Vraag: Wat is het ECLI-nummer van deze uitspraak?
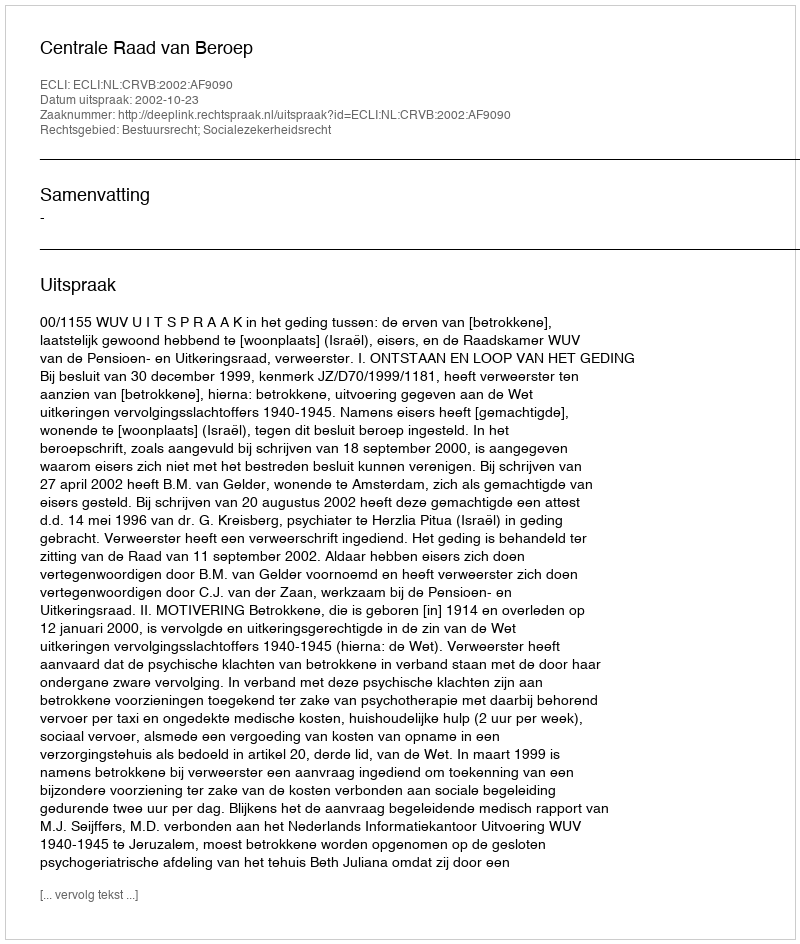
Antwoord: ECLI:NL:CRVB:2002:AF9090